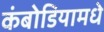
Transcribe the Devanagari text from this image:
कंबोडियामधे